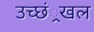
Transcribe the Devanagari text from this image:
उच्छं्रखल